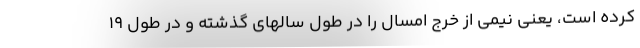
کرده است، یعنی نیمی از خرج امسال را در طول سالهای گذشته و در طول 19